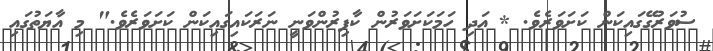
ސުވަރުގޭގައިކަން ކަށަވަރެވެ. * އަދި ހަމަކަށަވަރުން ކާފިރުންވަނީ ނަރަކައިގައިކަން ކަށަވަރެވެ." މި އާޔަތުގައި